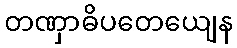
တဏှာဓိပတေယျေန